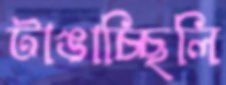
টাঙাচ্ছিলি